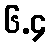
၆.၄